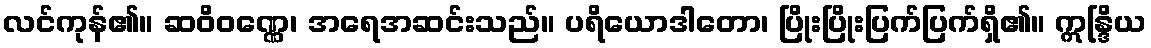
လင်ကုန်၏။ ဆဝိဝဏ္ဏေ၊ အရေအဆင်းသည်။ ပရိယောဒါတော၊ ပြိုးပြိုးပြက်ပြက်ရှိ၏။ ဣန္ဒြိယ